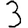
Digit: 3